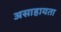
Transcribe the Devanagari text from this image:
असाहायता